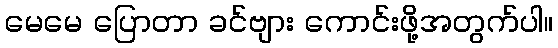
မေမေ ပြောတာ ခင်ဗျား ကောင်းဖို့အတွက်ပါ။